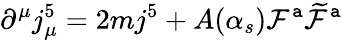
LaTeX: \partial^{\mu}j_{\mu}^{5}=2mj^{5}+A(\alpha_{s})\mathcal{F}^{\mathtt{a}}\widetilde{{\mathcal{F}}}^{\mathtt{a}}